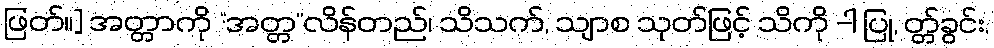
ဖြတ်။] အတ္တာကို “အတ္တ”လိန်တည်၊ သိသက်, သျာစ သုတ်ဖြင့် သိကို -ါ ပြု, တ္တ်ခွင်း,